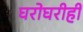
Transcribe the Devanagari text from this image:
घरोघरीही